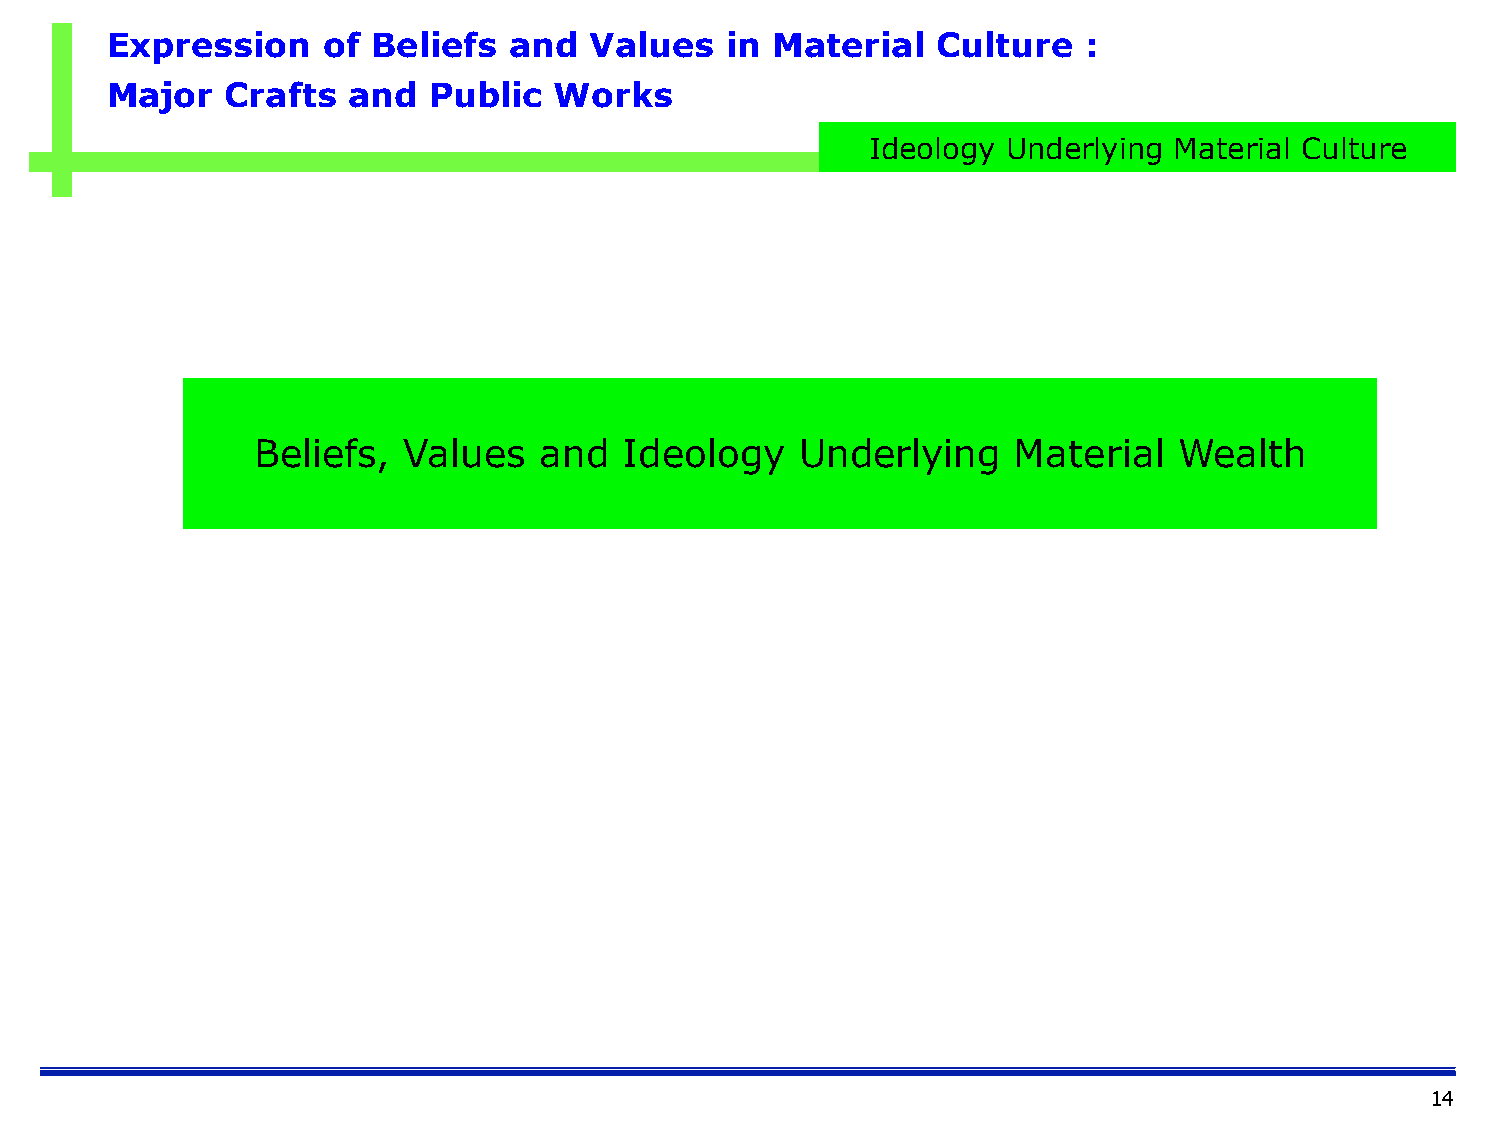
Expression    of  Beliefs  and  Values   in Material   Culture   :
 Major   Crafts  and  Public   Works
 Ideology Underlying Material Culture
 Beliefs,  Values   and  Ideology    Underlying    Material   Wealth
 14